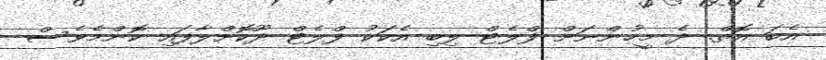
އެބަ އޮތް. ދެ މީހުންނަށް ފްލެޓް ލިބި އެކަކު ފްލެޓް ދޫކޮށްލާފައި ކޮންމެވެސް